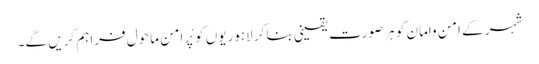
شہر کے اَمن وامان کو ہر صورت یقینی بنا کر لاہوریوں کو پْر امن ماحول فراہم کریں گے۔